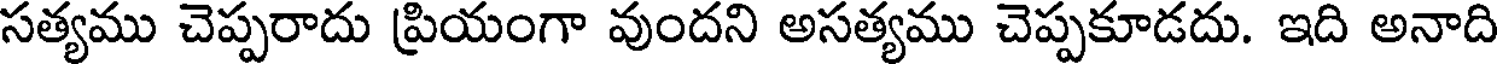
సత్యము చెప్పరాదు ప్రియంగా వుందని అసత్యము చెప్పకూడదు. ఇది అనాది